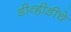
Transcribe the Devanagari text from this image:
डीव्हीडीचे